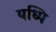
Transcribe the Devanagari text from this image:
यध्पि